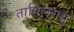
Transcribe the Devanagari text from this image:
तामिलरासु